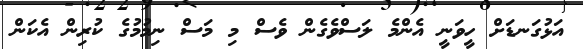
އަޅުގަނޑަށް ހީވަނީ އެންމެ ލަސްވެގެން ވެސް މި މަސް ނިމުމުގެ ކުރިން އެކަން